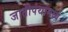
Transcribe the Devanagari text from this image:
जातीपंथांमध्ये